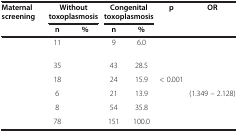
<table><thead><tr><td rowspan="2"><b>Maternal screening</b></td><td colspan="2"><b>Without toxoplasmosis</b></td><td colspan="2"><b>Congenital toxoplasmosis</b></td><td rowspan="2"><b>p</b></td><td rowspan="2"><b>OR</b></td></tr><tr><td><b>n</b></td><td><b>%</b></td><td><b>n</b></td><td><b>%</b></td></tr></thead><tbody><tr><td>[EMPTY_CELL]</td><td>11</td><td>[EMPTY_CELL]</td><td>9</td><td>6.0</td><td>[EMPTY_CELL]</td><td>[EMPTY_CELL]</td></tr><tr><td>[EMPTY_CELL]</td><td>35</td><td>[EMPTY_CELL]</td><td>43</td><td>28.5</td><td>[EMPTY_CELL]</td><td>[EMPTY_CELL]</td></tr><tr><td>[EMPTY_CELL]</td><td>18</td><td>[EMPTY_CELL]</td><td>24</td><td>15.9</td><td>&lt; 0.001</td><td>[EMPTY_CELL]</td></tr><tr><td>[EMPTY_CELL]</td><td>6</td><td>[EMPTY_CELL]</td><td>21</td><td>13.9</td><td>[EMPTY_CELL]</td><td>(1.349 – 2.128)</td></tr><tr><td>[EMPTY_CELL]</td><td>8</td><td>[EMPTY_CELL]</td><td>54</td><td>35.8</td><td>[EMPTY_CELL]</td><td>[EMPTY_CELL]</td></tr><tr><td>[EMPTY_CELL]</td><td>78</td><td>[EMPTY_CELL]</td><td>151</td><td>100.0</td><td>[EMPTY_CELL]</td><td>[EMPTY_CELL]</td></tr></tbody></table>